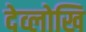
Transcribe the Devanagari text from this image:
देव्लोखि